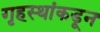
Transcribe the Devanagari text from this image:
गृहस्थांकडून